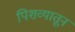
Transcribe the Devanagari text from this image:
पिशव्यातून